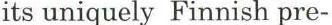
its uniquely Finnish pre-